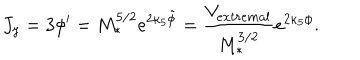
J _ { y } = 3 \phi ^ { \prime } = M _ { * } ^ { 5 / 2 } e ^ { 2 \kappa _ { 5 } \tilde { \phi } } = \frac { V _ { e x t r e m a l } } { M _ { * } ^ { 3 / 2 } } e ^ { 2 \kappa _ { 5 } \phi } .